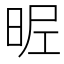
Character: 𣆓